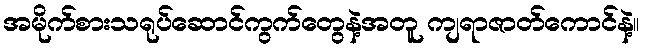
အမိုက်စားသရုပ်ဆောင်ကွက်တွေနဲ့အတူ ကျရာဇာတ်ကောင်နဲ့။